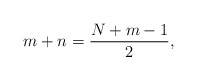
\begin{align*}m+n = \frac{N+m-1}{2},\end{align*}